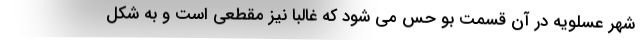
شهر عسلویه در آن قسمت بو حس می شود که غالباً نیز مقطعی است و به شکل